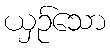
ယှဉ်သော